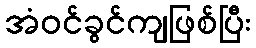
အံဝင်ခွင်ကျဖြစ်ပြီး